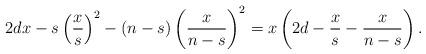
LaTeX: \begin{align*}2dx-s\left(\frac{x}{s}\right)^2-(n-s)\left(\frac{x}{n-s}\right)^2= x\left(2d-\frac{x}{s}-\frac{x}{n-s}\right).\end{align*}